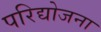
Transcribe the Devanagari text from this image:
परिद्योजना